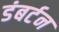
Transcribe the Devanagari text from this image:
डंबर्टन